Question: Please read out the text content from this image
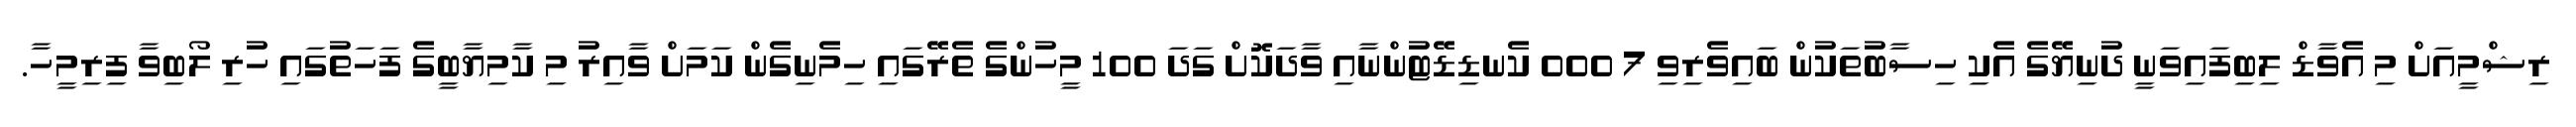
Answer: ރިޝްމީއަށް މި އެވާޑް ލިބިފައިވަނީ ދުނިޔޭގެ އެކި ހިސާބުތަކުން ބައިވެރިވި 7 000 ކެނޑިޑޭޓުންނާއި ވާދަކޮށް ގަދަ 100 މީހުންގެ ތެރޭގައި ހިމެނިގެން ކަމަށް ވާއިރު މި ކާމިޔާބީގެ ފަހަތުގައި ހުރި ލޯބިވާ ފިރިމީހާ.